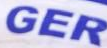
GER